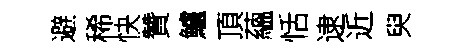
避稀快贊鱸頂蘊恬逮近臾